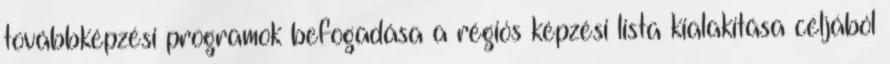
továbbképzési programok befogadása a régiós képzési lista kialakítása céljából